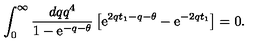
\int _ { 0 } ^ { \infty } \frac { d q q ^ { 4 } } { 1 - \mathrm { e } ^ { - q - \theta } } \left[ \mathrm { e } ^ { 2 q t _ { 1 } - q - \theta } - \mathrm { e } ^ { - 2 q t _ { 1 } } \right] = 0 .